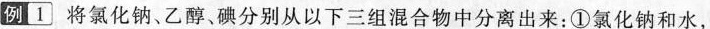
例1 将氯化钠、乙醇、碘分别从以下三组混合物中分离出来：①氯化钠和水，